Scientific memoirs by medical officers of the Army of India - Part VI,
Year: 1891
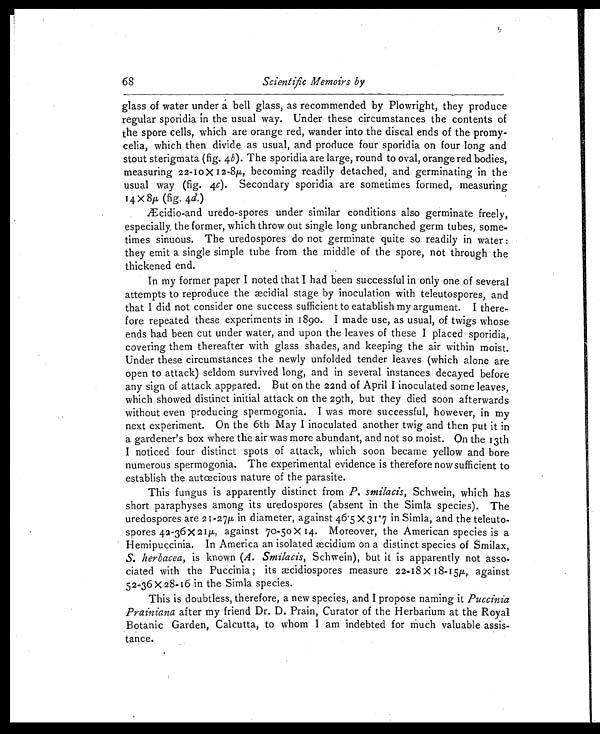
Scientific Memoirs by
glass of water under á bell glass, as recommended by Plowright, they produce
regular sporidia in the usual way. Under these circumstances the contents of
the spore cells, which are orange red, wander into the discal ends of the promy-
celia, which then divide as usual, and produce four sporidia on four long and
stout sterigmata (fig. 4b). The sporidia are large, round to oval, orange red bodies,
measuring 22-10 X I2-8 μ , becoming readily detached, and germinating in the
usual way (fig. 4c). Secondary sporidia are sometimes formed,. measuring
14 X 8μ . (fig. 4d.)
Æcidio-and uredo-spores under similar conditions also germinate freely,
especially, the former, which throw out single long unbranched germ tubes, some-
times sinuous. The uredospores do not germinate quite so readily in water :
they emit a single simple tube from the middle of the spore, not through the
thickened end.
In my former paper I noted that I had been successful in only one of several
attempts to reproduce the aecidial stage by inoculation with teleutospores, and
that I did not consider one success sufficient to eatablish my argument. I there-
fore repeated these experiments in 1890. I made use, as usual, of twigs whose
ends had been cut under water, and upon the leaves of these I placed sporidia,
covering them thereafter with glass shades, and keeping the air within moist.
Under these circumstances the newly unfolded tender leaves (which alone are
open to attack) seldom survived long, and in several instances decayed before
any sign of attack appeared. But on the 22nd of April I inoculated some leaves,
which showed distinct initial attack on the 29th, but they died soon afterwards
without even producing spermogonia. I was more successful, however, in my
next experiment. On the 6th May I inoculated another twig and then put it in
a gardener's box where the air was more abundant, and not so moist. On the 13th
I noticed four distinct spots of attack, which soon became yellow and bore
numerous spermogonia. The experimental evidence is therefore now sufficient to
establish the autcecious nature of the parasite.
This fungus is apparently distinct from P. smilacis, Schwein, which has
short paraphyses among its uredospores (absent in the Simla species). The
uredospores are 21-27μ in diameter, against 46.5 X 31.7 in Simla, and the teleuto-
spores 42-36 X 21μ , against 70-50 x 14. Moreover, the American species is a
Hemipuccinia. In America an isolated aecidium on a distinct species of Smilax,
S. herbacea, is known (A. Smilacis, Schwein), but it is apparently not asso-
ciated with the Puccinia; its æcidiospores measure 22-18 X 18-15μ , against
52-36 X 28-16 in the Simla species.
This is doubtless, therefore, a new species, and I propose naming it Puccinia
Prainiana after my friend Dr. D. Prain, Curator of the Herbarium at the Royal
Botanic Garden, Calcutta, to whom I am indebted for Much valuable assis-
tance.
68